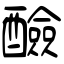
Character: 醶